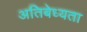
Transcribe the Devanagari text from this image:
अतिबेध्यता